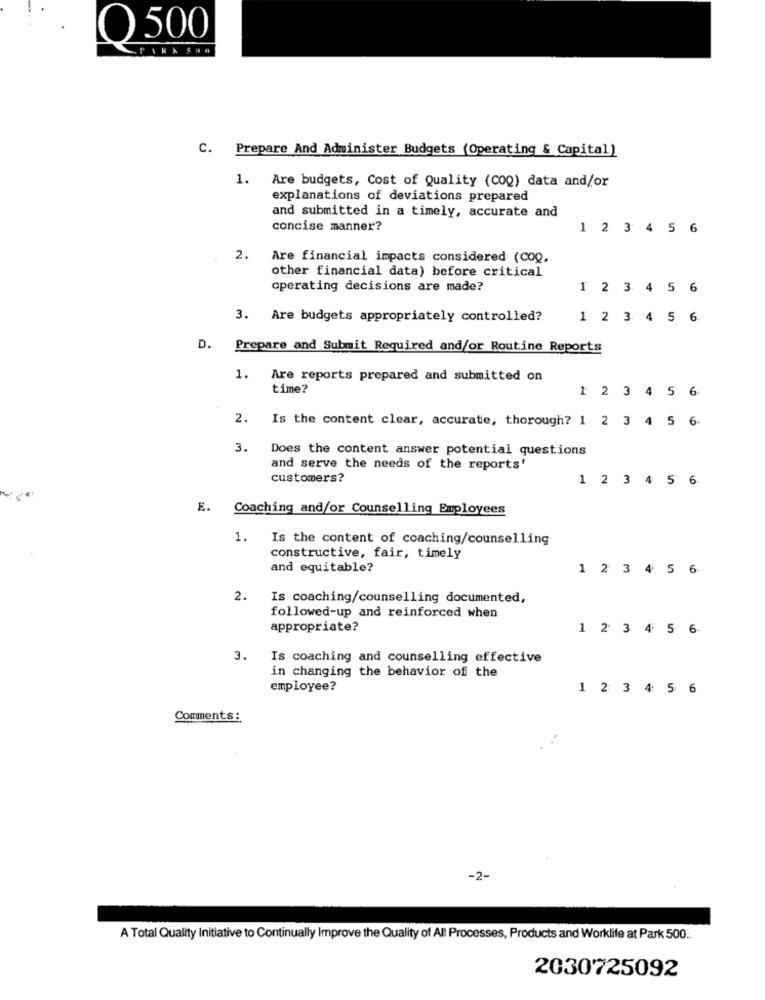
O 500
C.
Prepare And Administer Budgets (Operating & Capital)
1. Are budgets, Cost of Quality (COQ) data and/or
explanations of deviations prepared
and submitted in a timely, accurate and
concise manner?
1 2 3 4 5 6
2. Are financial impacts considered (COQ,
other financial data) before critical
operating decisions are made?
1 2 3 4 5 6
3. Are budgets appropriately controlled?
1 2 3 4 5 6
D. Prepare and Submit Required and/or Routine Reports
1.
Are reports prepared and submitted on
time?
1 2 3 4 5 6
2. Is the content clear, accurate, thorough? 1 2 3 4 5 6.
3. Does the content answer potential questions
and serve the needs of the reports'
customers?
1 2 3 4 5 6
E.
Coaching and/or Counselling Employees
1. Is the content of coaching/counselling
constructive, fair, timely
and equitable?
1 2 3 4 5 6
2.
Is coaching/counselling documented,
followed-up and reinforced when
appropriate?
1 2 3 4 5 6
3. Is coaching and counselling effective
in changing the behavior of the
employee?
1 2 3 4 5 6
Comments :
-2-
A Total Quality Initiative to Continually Improve the Quality of All Processes, Products and Worklife at Park 500 ..
2030725092